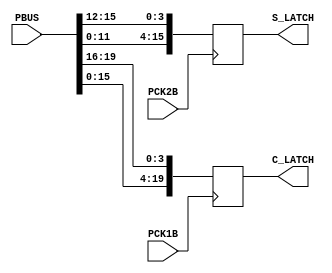
// This program was cloned from: https://github.com/furrtek/Neogeo_MiSTer_old
// License: GNU General Public License v2.0

// NeoGeo logic definition
// Copyright (C) 2018 Sean Gonsalves
//
// This program is free software: you can redistribute it and/or modify
// it under the terms of the GNU General Public License as published by
// the Free Software Foundation, either version 3 of the License, or
// (at your option) any later version.
//
// This program is distributed in the hope that it will be useful,
// but WITHOUT ANY WARRANTY; without even the implied warranty of
// MERCHANTABILITY or FITNESS FOR A PARTICULAR PURPOSE.  See the
// GNU General Public License for more details.
//
// You should have received a copy of the GNU General Public License
// along with this program.  If not, see <https://www.gnu.org/licenses/>.

module neo_273(
	input [19:0] PBUS,
	input PCK1B,
	input PCK2B,
	output reg [19:0] C_LATCH,
	output reg [15:0] S_LATCH
);
	
	always @(posedge PCK1B)
	begin
		C_LATCH <= {PBUS[15:0], PBUS[19:16]};
	end
	
	always @(posedge PCK2B)
	begin
		S_LATCH <= {PBUS[11:0], PBUS[15:12]};
	end

endmodule